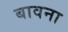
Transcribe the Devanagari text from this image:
बावना